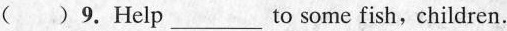
( )9.Help___to some fish, children.